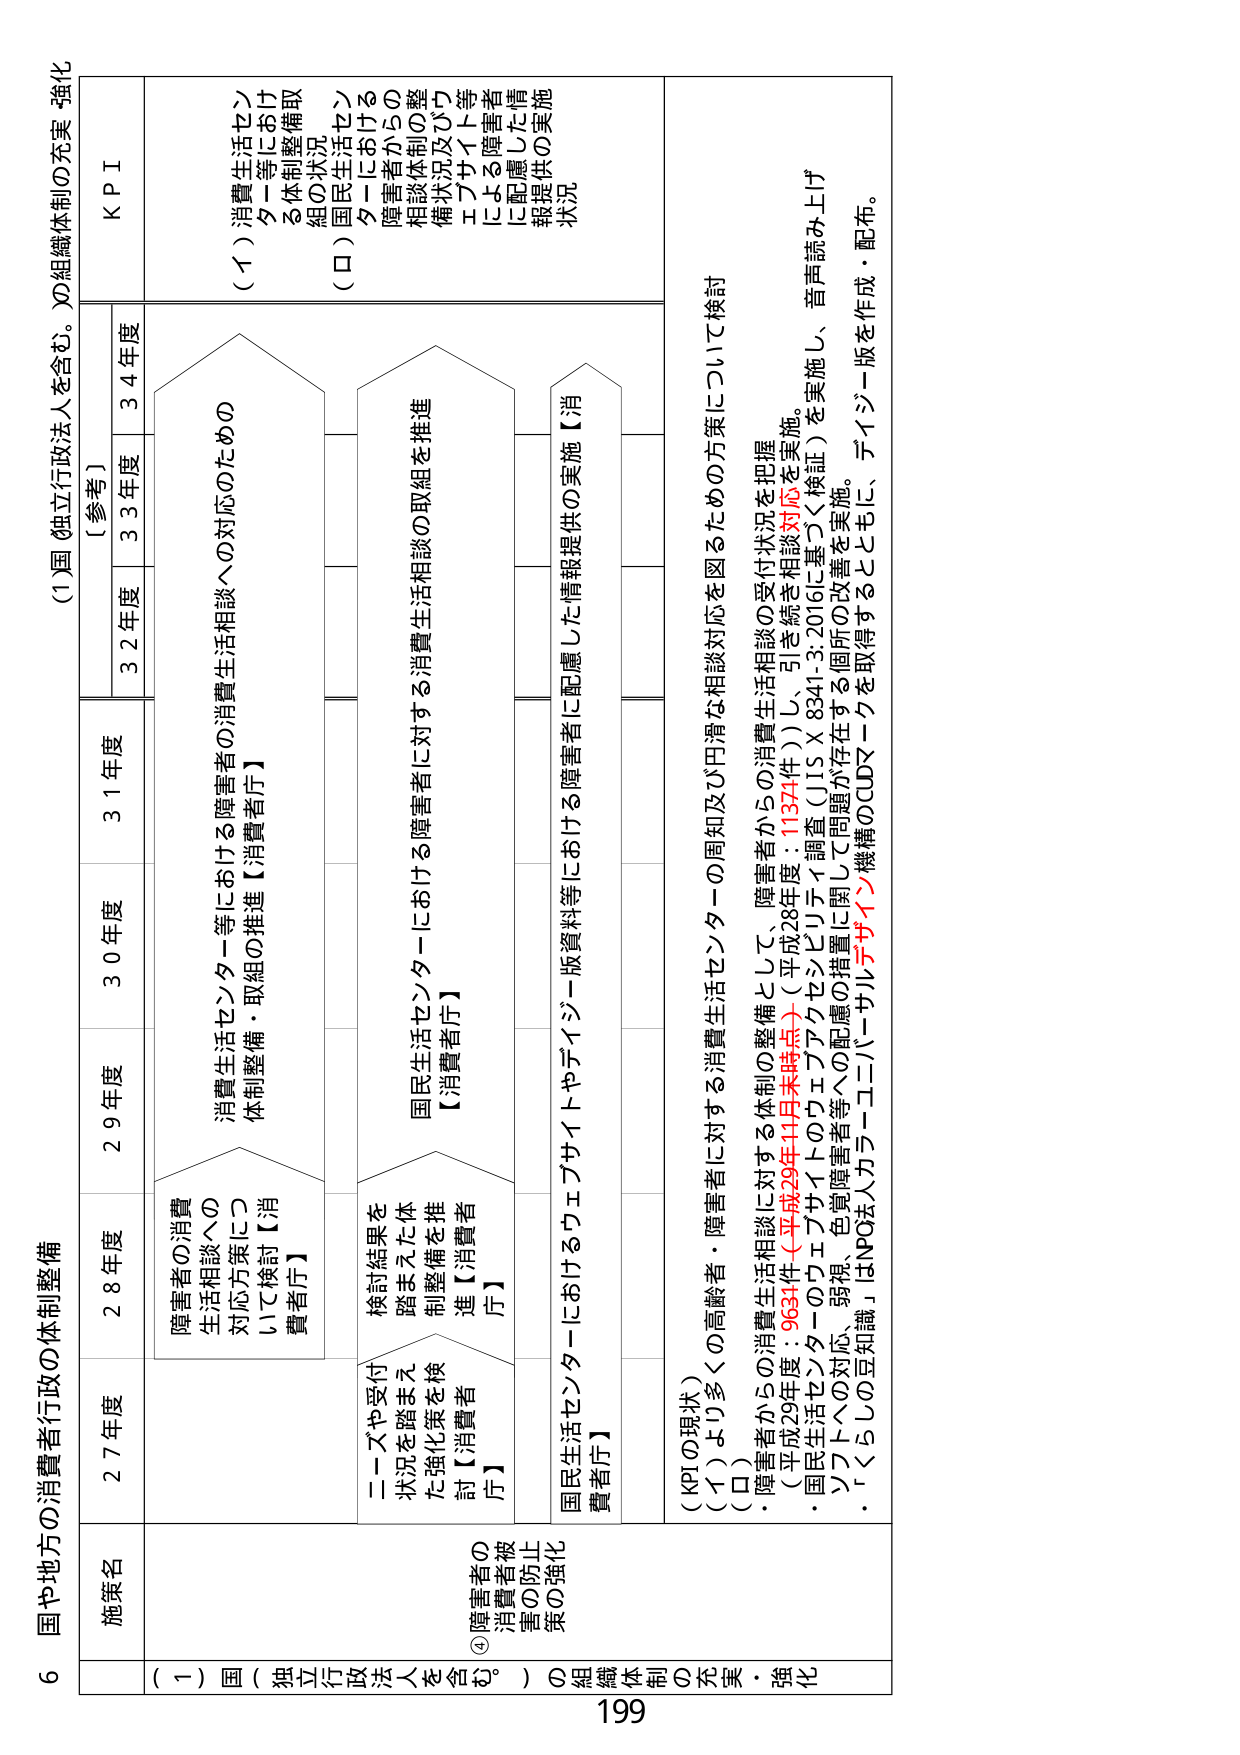
6 国や地方の消費者行政の体制整備

（1）国（独立行政法人を含む。）の組織体制の充実・強化

施策名
27年度
28年度
29年度
30年度
31年度
【参考】
32年度
33年度
34年度
KPI

（イ）消費者生活センター等における体制整備取組の状況
（ロ）国民生活センターにおける障害者からの相談体制の整備状況及びウェブサイト等による障害者に配慮した情報提供の実施状況

④障害者の消費者被害の防止策の強化
・障害者からの消費生活相談への対応のための体制整備・取組の推進【消費者庁】
・検討結果を踏まえた体制整備を推進【消費者庁】
・国民生活センターにおけるウェブサイトやデイジーバージョン版資料等における障害者に配慮した情報提供の実施【消費者庁】

（KPIの現状）
（イ）より多くの高齢者・障害者に対する消費生活センターの周知及び円滑な相談対応を図るための方策について検討
（ロ）
・障害者からの消費生活相談に対する体制の整備として、障害者からの消費生活相談の受付状況を把握（平成29年度：9634件（平成29年11月末時点）（平成28年度：11374件））し、引き続き相談対応を実施。
・国民生活センターのウェブサイトのウェブアクセシビリティ調査（JIS X 8341-3:2016に基づく検証）を実施し、音声読み上げソフトへの対応、弱視、色覚障害者等への配慮の措置に関して問題が存在する個所の改善を実施。
・「くらしの豆知識」はNPO法人カラーコンバーサルデザイン機構のCUDマーカーを取得するとともに、デイジーバージョン版を作成・配布。

199